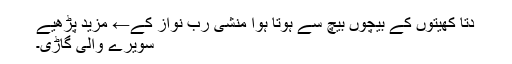
دِتاّ کھیتوں کے بیچوں بیچ سے ہوتا ہوا منشی رب نواز کے← مزید پڑھیے
سویرے والی گاڑی۔